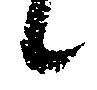
候